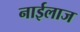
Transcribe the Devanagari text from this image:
नाईलाज